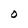
Character: O